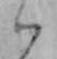
ハ